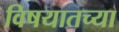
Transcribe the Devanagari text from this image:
विषयातच्या